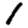
Digit: 1